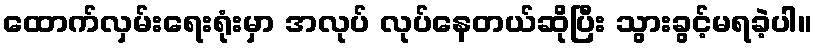
ထောက်လှမ်းရေးရုံးမှာ အလုပ် လုပ်နေတယ်ဆိုပြီး သွားခွင့်မရခဲ့ပါ။